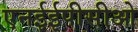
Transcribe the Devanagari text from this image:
एनईईपीसीओ